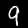
Digit: 9